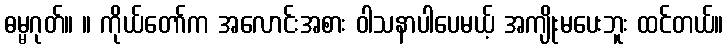
ဓမ္မဂုတ်။ ။ ကိုယ်တော်က အလောင်းအစား ဝါသနာပါပေမယ့် အကျိုးမပေးဘူး ထင်တယ်။